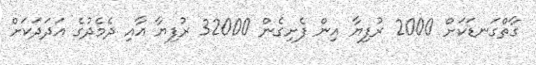
ގާތްގަނޑަކަށް 2000 ރުފިޔާ އިން ފެށިގެން 32000 ރުފިޔާ އާއި ދެމެދުގެ އަދަދަކަށް